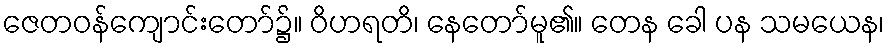
ဇေတဝန်ကျောင်းတော်၌။ ဝိဟရတိ၊ နေတော်မူ၏။ တေန ခေါ ပန သမယေန၊